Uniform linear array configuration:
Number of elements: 4
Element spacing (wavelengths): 0.75
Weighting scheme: cosine
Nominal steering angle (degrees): -60
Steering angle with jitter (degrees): -59.201
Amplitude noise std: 0.05
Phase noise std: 0.05

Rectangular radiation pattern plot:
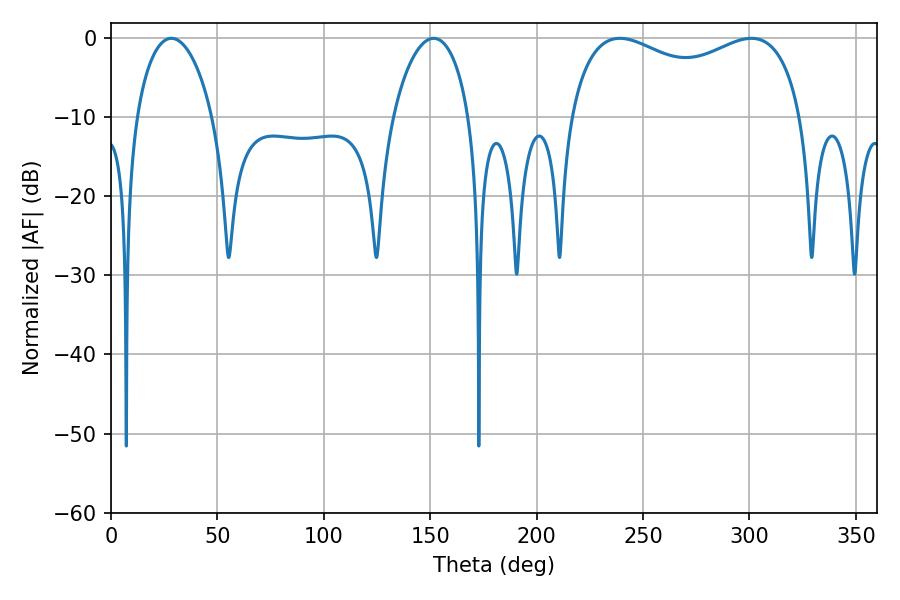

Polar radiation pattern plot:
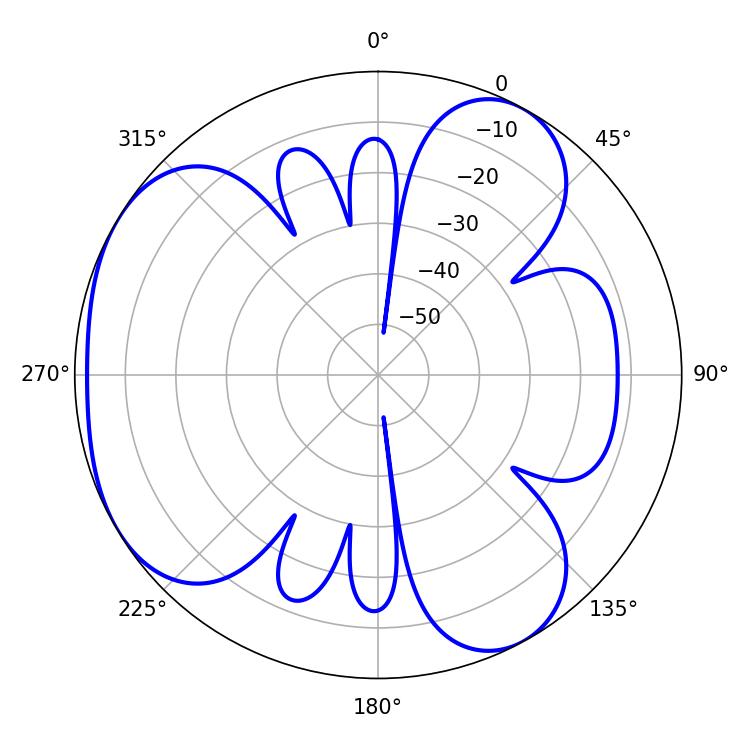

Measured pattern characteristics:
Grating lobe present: TRUE
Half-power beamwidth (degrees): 90.72
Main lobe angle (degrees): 239.04